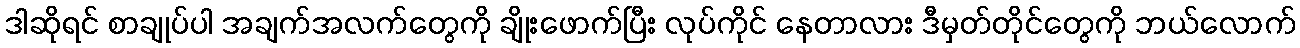
ဒါဆိုရင် စာချုပ်ပါ အချက်အလက်တွေကို ချိုးဖောက်ပြီး လုပ်ကိုင် နေတာလား ဒီမှတ်တိုင်တွေကို ဘယ်လောက်